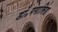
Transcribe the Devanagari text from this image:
डॉ॰गंगासिंह